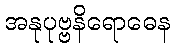
အနုပုဗ္ဗနိရောဓေန